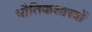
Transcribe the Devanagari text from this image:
भौतिकशास्त्रों